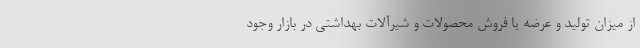
از میزان تولید و عرضه یا فروش محصولات و شیرآلات بهداشتی در بازار وجود